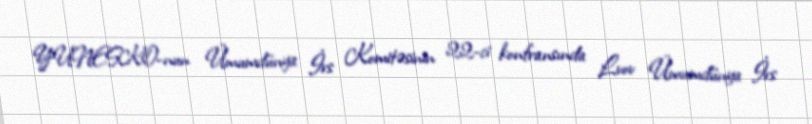
YUNESKO-nun Ümumdünya İrs Komitəsinin 22-ci konfransında Lvov Ümumdünya İrs